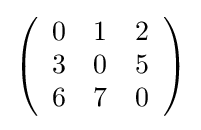
{\textstyle \left({\begin{array}{rrr}0&1&2\\3&0&5\\6&7&0\\\end{array}}\right)}